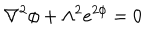
LaTeX: \nabla ^ { 2 } \phi + \Lambda ^ { 2 } e ^ { 2 \phi } = 0